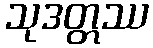
သုဒတ္တဿ